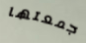
جمعتها